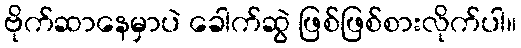
ဗိုက်ဆာနေမှာပဲ ခေါက်ဆွဲ ဖြစ်ဖြစ်စားလိုက်ပါ။